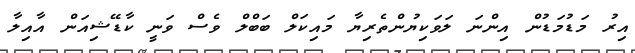
އިރު މަޑުމަޑުން އިންނަ ލަވަކިޔުންތެރިޔާ މައިކަލް ބަބްލް ވެސް ވަނީ ކާޑޭޝިއަން އާއިލާ